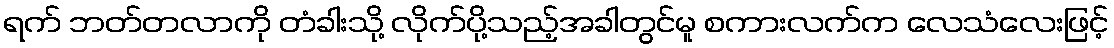
ရက် ဘတ်တလာကို တံခါးသို့ လိုက်ပို့သည့်အခါတွင်မူ စကားလက်က လေသံလေးဖြင့်